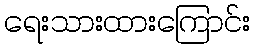
ရေးသားထားကြောင်း